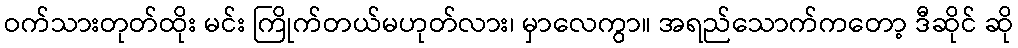
ဝက်သားတုတ်ထိုး မင်း ကြိုက်တယ်မဟုတ်လား၊ မှာလေကွာ။ အရည်သောက်ကတော့ ဒီဆိုင် ဆို